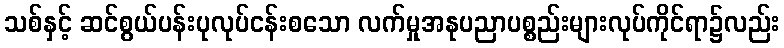
သစ်နှင့် ဆင်စွယ်ပန်းပုလုပ်ငန်းစသော လက်မှုအနုပညာပစ္စည်းများလုပ်ကိုင်ရာ၌လည်း